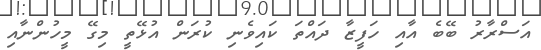
އަސްރާރު ބޭބެ އާއި ހަފީޒާ ދައްތަ ކައިވެނި ކުރަން އުޅޭތީ މިގޭ މީހުންނާއި